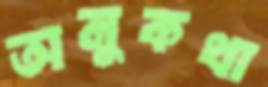
অনুকথা